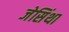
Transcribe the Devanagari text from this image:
जेसिंथा